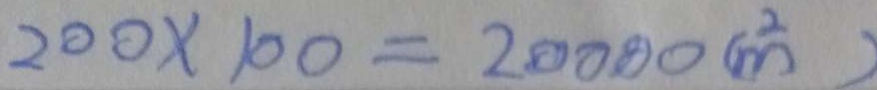
2 0 0 \times 1 0 0 = 2 0 0 0 0 ( m ^ { 2 } )